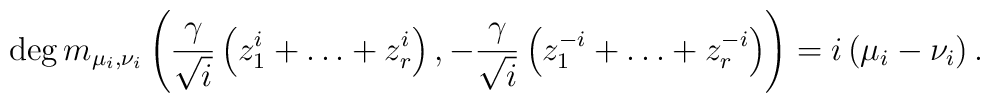
\deg m_{\mu_i ,\nu_i} \left( \frac{\gamma}{\sqrt{i}} \left( z^i_1+\ldots+z^i_r\right),-\frac{\gamma}{\sqrt{i}} \left( z_1^{-i}+ \ldots +z^{-i}_r \right)\right)= i \left( \mu_i-\nu_i \right).